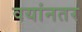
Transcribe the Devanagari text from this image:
वयांनतर